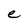
Character: e